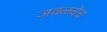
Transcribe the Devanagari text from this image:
जवळचेच